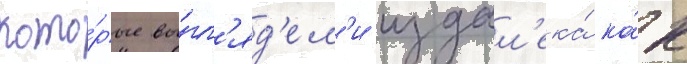
кото́рые вы́гл'яд'ел'и издал'ека́ ка́к